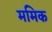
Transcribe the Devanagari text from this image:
ममिक